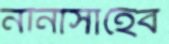
নানাসাহেব